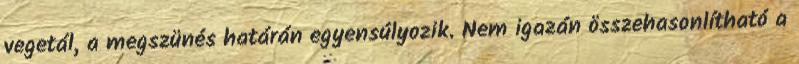
vegetál, a megszünés határán egyensúlyozik. Nem igazán összehasonlítható a